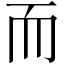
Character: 而